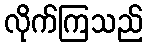
လိုက်ကြသည်